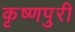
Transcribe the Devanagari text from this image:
कृष्णपुरी